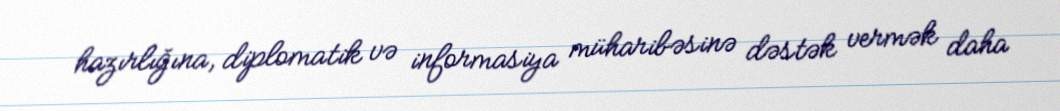
hazırlığına, diplomatik və informasiya müharibəsinə dəstək vermək daha